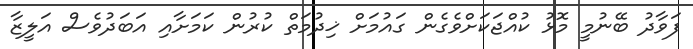
ފަވާދު ބޭނުމީ މޮޅު ކުއްޖަކަށްވެގެން ގައުމަށް ޚިދުމަތް ކުރުން ކަމަށާއި އަބަދުވެސް އަލީޒާ